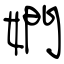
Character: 嫻